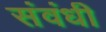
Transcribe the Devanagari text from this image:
संवंधी